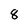
Character: 8